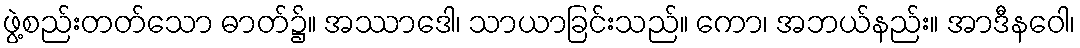
ဖွဲ့စည်းတတ်သော ဓာတ်၌။ အဿာဒေါ၊ သာယာခြင်းသည်။ ကော၊ အဘယ်နည်း။ အာဒီနဝေါ၊